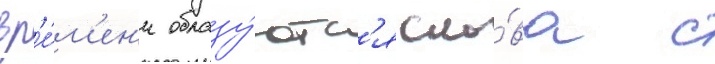
вр'е́м'ен'и образу́ютс'я сло́ва с